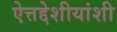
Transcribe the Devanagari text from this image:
ऐत्तद्देशीयांशी